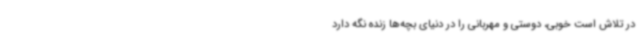
در تلاش است خوبی، دوستی و مهربانی را در دنیای بچه‌ها زنده نگه دارد